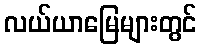
လယ်ယာမြေများတွင်